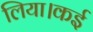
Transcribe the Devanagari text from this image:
लिया।कई